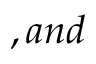
, a n d